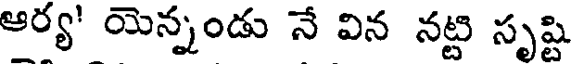
ఆర్య' యెన్నండు నే విన నట్టి సృష్టి